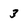
Character: 3